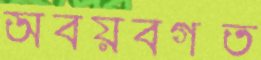
অবয়বগত